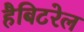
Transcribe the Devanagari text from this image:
हैबिटरेल